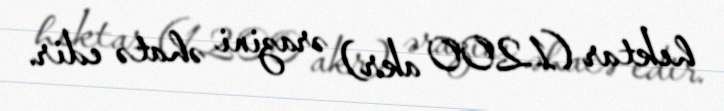
hektar (1200 akr) ərazini əhatə edir.